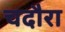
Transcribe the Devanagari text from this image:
चदौरा